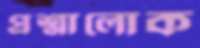
প্রশ্নালোক